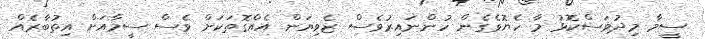
ސީމާ މިދުވަސްކޮޅު މާ ހެޔޮވެގެން ހުންނައިރުވެސް ޒެވިޔަން އެއްގޮތަކަށް ވެސް ސީމާއަށް އިތުބާރެއް